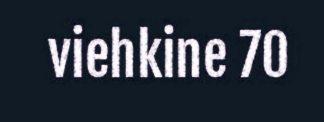
viehkine 70